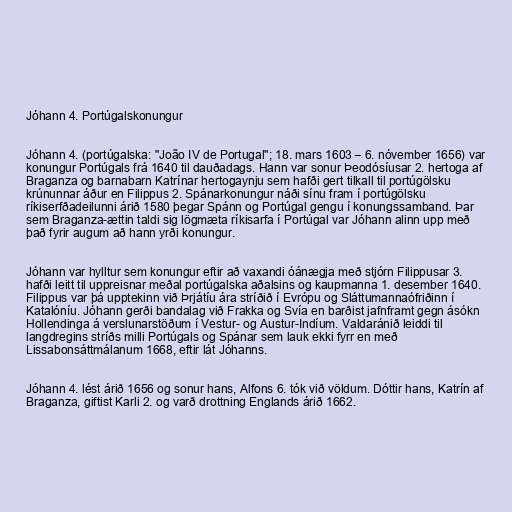
Jóhann 4. Portúgalskonungur

Jóhann 4. (portúgalska: "João IV de Portugal"; 18. mars 1603 – 6. nóvember 1656) var
konungur Portúgals frá 1640 til dauðadags. Hann var sonur Þeodósíusar 2. hertoga af
Braganza og barnabarn Katrínar hertogaynju sem hafði gert tilkall til portúgölsku
krúnunnar áður en Filippus 2. Spánarkonungur náði sínu fram í portúgölsku
ríkiserfðadeilunni árið 1580 þegar Spánn og Portúgal gengu í konungssamband. Þar
sem Braganza-ættin taldi sig lögmæta ríkisarfa í Portúgal var Jóhann alinn upp með
það fyrir augum að hann yrði konungur.

Jóhann var hylltur sem konungur eftir að vaxandi óánægja með stjórn Filippusar 3.
hafði leitt til uppreisnar meðal portúgalska aðalsins og kaupmanna 1. desember 1640.
Filippus var þá upptekinn við Þrjátíu ára stríðið í Evrópu og Sláttumannaófriðinn í
Katalóníu. Jóhann gerði bandalag við Frakka og Svía en barðist jafnframt gegn ásókn
Hollendinga á verslunarstöðum í Vestur- og Austur-Indíum. Valdaránið leiddi til
langdregins stríðs milli Portúgals og Spánar sem lauk ekki fyrr en með
Lissabonsáttmálanum 1668, eftir lát Jóhanns.

Jóhann 4. lést árið 1656 og sonur hans, Alfons 6. tók við völdum. Dóttir hans, Katrín af
Braganza, giftist Karli 2. og varð drottning Englands árið 1662.